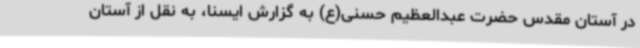
در آستان مقدس حضرت عبدالعظیم حسنی(ع) به گزارش ایسنا، به نقل از آستان